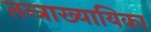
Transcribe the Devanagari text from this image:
तन्त्राख्यायिका